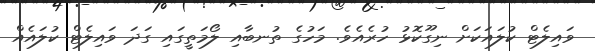
ވައިލެޓް ކުލައަކަށް ނިގޫކޮޅު ހުރެއެވެ. މަހުގެ ތުނބާއި ލޯމަތީގައި ގަދަ ވައިލެޓް ކުލައެއް